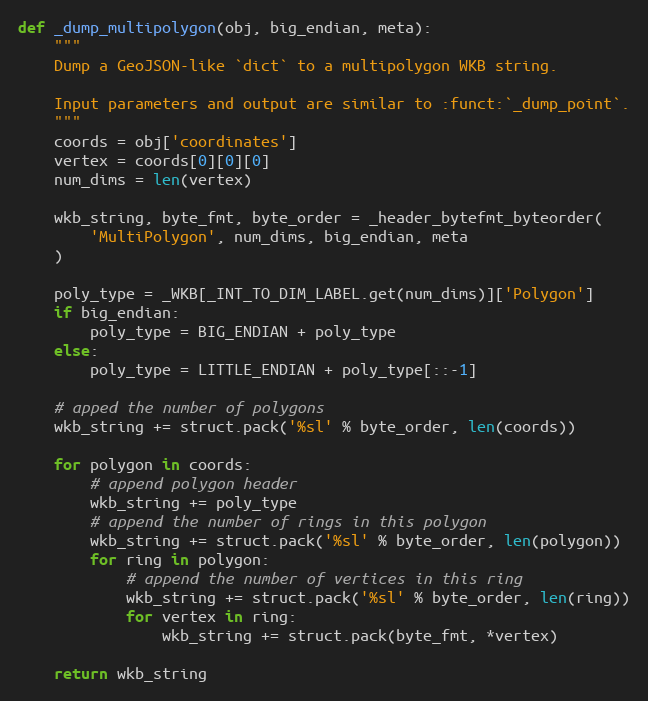
Language: Python
def _dump_multipolygon(obj, big_endian, meta):
    """
    Dump a GeoJSON-like `dict` to a multipolygon WKB string.

    Input parameters and output are similar to :funct:`_dump_point`.
    """
    coords = obj['coordinates']
    vertex = coords[0][0][0]
    num_dims = len(vertex)

    wkb_string, byte_fmt, byte_order = _header_bytefmt_byteorder(
        'MultiPolygon', num_dims, big_endian, meta
    )

    poly_type = _WKB[_INT_TO_DIM_LABEL.get(num_dims)]['Polygon']
    if big_endian:
        poly_type = BIG_ENDIAN + poly_type
    else:
        poly_type = LITTLE_ENDIAN + poly_type[::-1]

    # apped the number of polygons
    wkb_string += struct.pack('%sl' % byte_order, len(coords))

    for polygon in coords:
        # append polygon header
        wkb_string += poly_type
        # append the number of rings in this polygon
        wkb_string += struct.pack('%sl' % byte_order, len(polygon))
        for ring in polygon:
            # append the number of vertices in this ring
            wkb_string += struct.pack('%sl' % byte_order, len(ring))
            for vertex in ring:
                wkb_string += struct.pack(byte_fmt, *vertex)

    return wkb_string